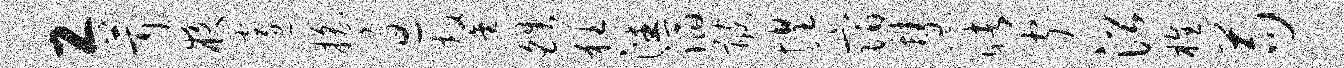
工茸夜邃摇过鏊皓狂潘滔髂惶宿慧睹闻沿樵苟